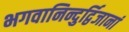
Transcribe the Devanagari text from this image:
भगवानिन्दुर्द्विजानां